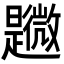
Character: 𣌎